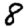
Digit: 8